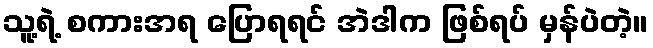
သူ့ရဲ့ စကားအရ ပြောရရင် အဲဒါက ဖြစ်ရပ် မှန်ပဲတဲ့။